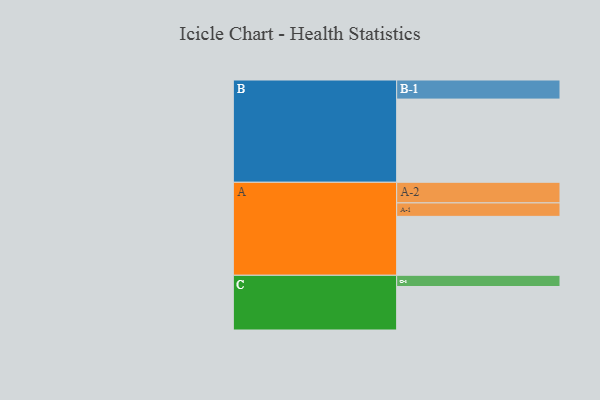
{"axis": {"x": "Segment", "y": "Value"}, "legend": ["", "A", "B", "C"], "data": [{"x": "A", "y": 420, "type": ""}, {"x": "B", "y": 593, "type": ""}, {"x": "C", "y": 310, "type": ""}, {"x": "A-1", "y": 96, "type": "A"}, {"x": "A-2", "y": 147, "type": "A"}, {"x": "B-1", "y": 136, "type": "B"}, {"x": "C-1", "y": 80, "type": "C"}]}